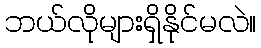
ဘယ်လိုများရှိနိုင်မလဲ။